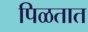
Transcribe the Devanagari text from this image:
पिळतात